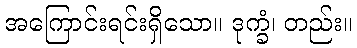
အကြောင်းရင်းရှိသော။ ဒုက္ခံ၊ တည်း။